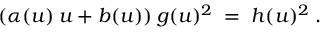
( \alpha ( u ) \: u + b ( u ) ) \: g ( u ) ^ { 2 } \; = \; h ( u ) ^ { 2 } \; .